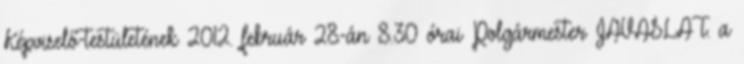
Képviselő-testületének 2012. február 28-án 8.30 órai Polgármester JAVASLAT. a